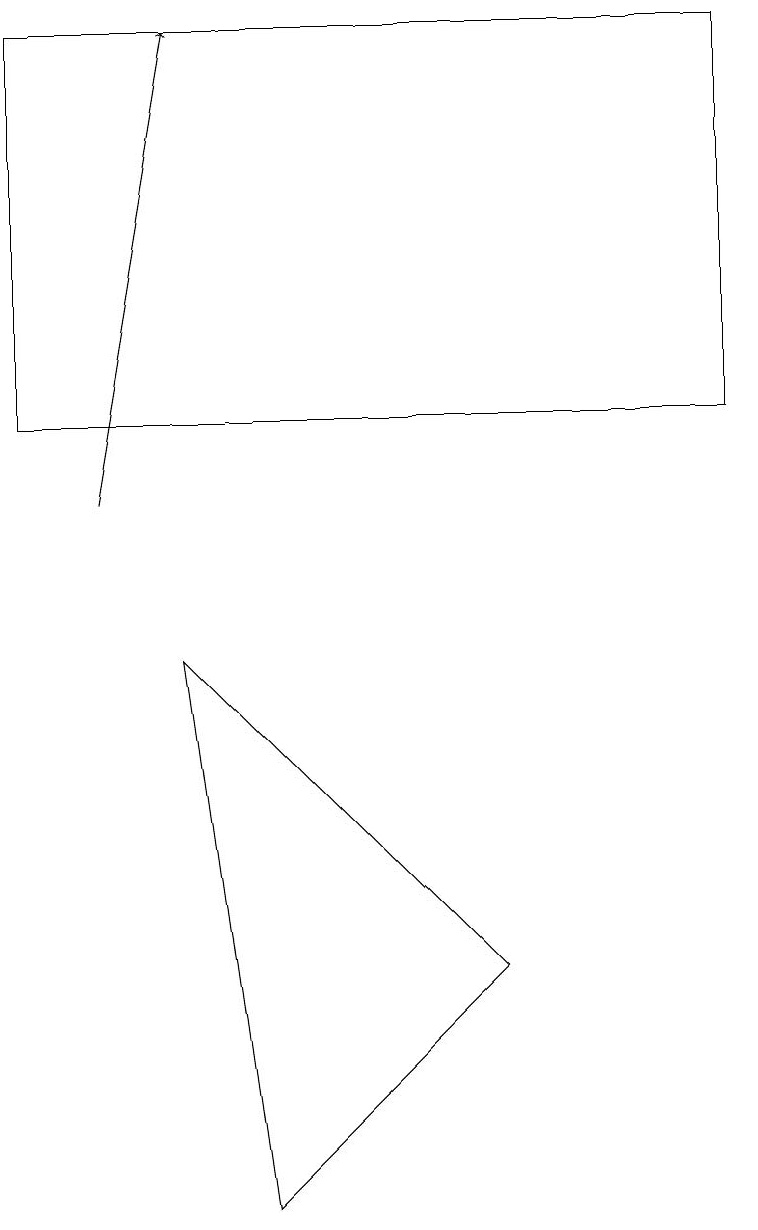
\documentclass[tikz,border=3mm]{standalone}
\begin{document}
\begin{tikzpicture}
\draw (0,16) rectangle (9,11);
\draw[->] (1,10) -- (2,16);
\draw (6,4) -- (3,1) -- (2,8) -- cycle;
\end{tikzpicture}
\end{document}